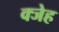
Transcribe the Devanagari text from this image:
क्जेह